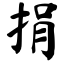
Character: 捐